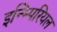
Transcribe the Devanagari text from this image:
इन्म्पिरियल